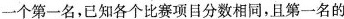
一个第一名，已知各个比赛项目分数相同，且第一名的